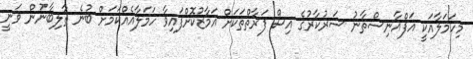
މިހަމަލާއަކީ އަފްޣާނިސްތާނު ސަރުކާރުގެ އިސް ފަރާތްތަކަށް އަމާޒުކޮށްފައިވާ ހަމަލާއެއްކަމަށް ބުނެ ތާލިބާނުން ވަނީ